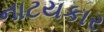
નાટયકાર